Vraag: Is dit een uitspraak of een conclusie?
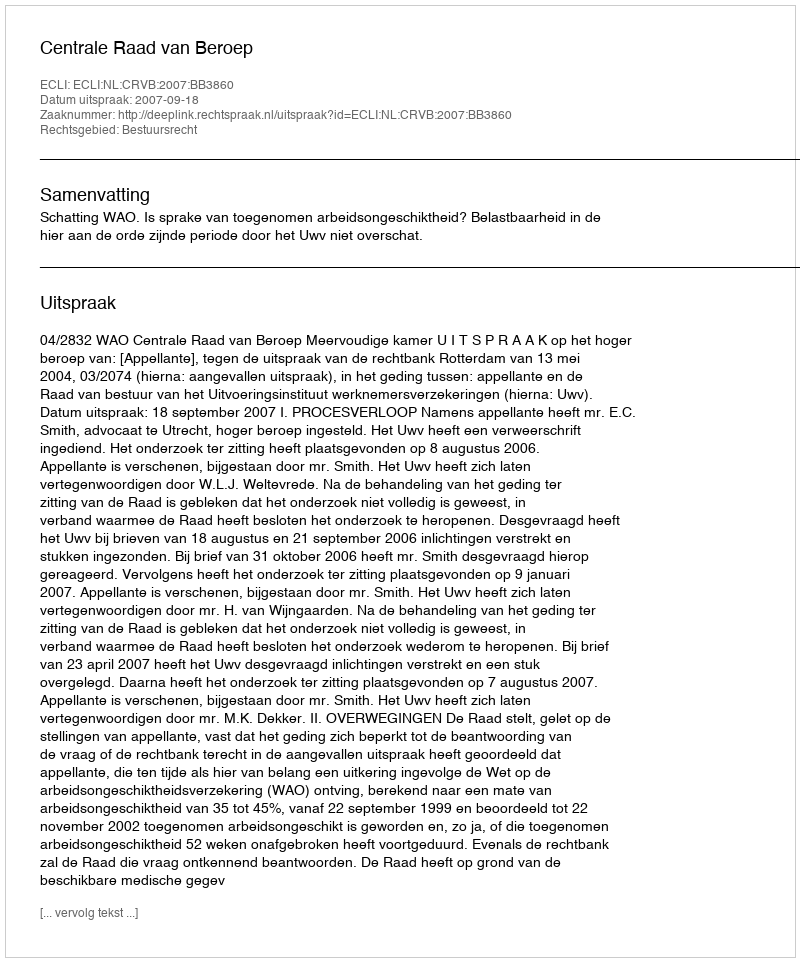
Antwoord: Uitspraak